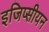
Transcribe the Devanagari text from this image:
इजिप्सीयन